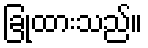
ခြုံထားသည်။